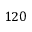
1 2 0